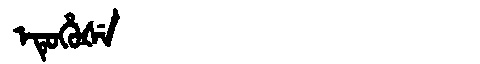
Manchu: ᡝᡨᡠᡥᡠᡧᡝ
Romanization: ETUHUŠE